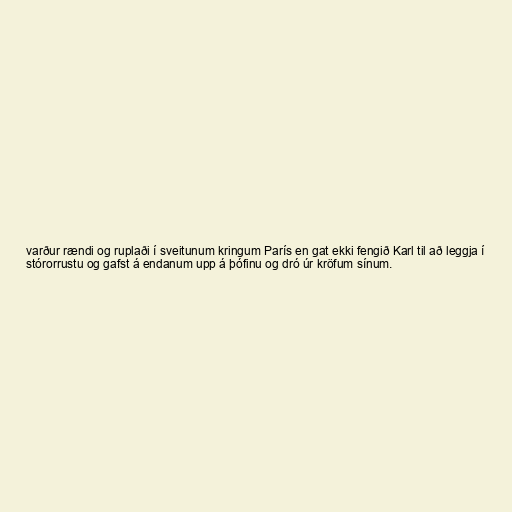
varður rændi og ruplaði í sveitunum kringum París en gat ekki fengið Karl til að leggja í
stórorrustu og gafst á endanum upp á þófinu og dró úr kröfum sínum.